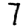
Digit: 7